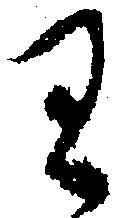
り